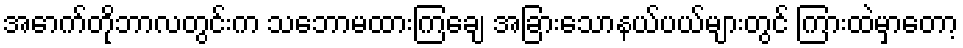
အောက်တိုဘာလတွင်းက သဘောမထားကြချေ အခြားသောနယ်ပယ်များတွင် ကြားထဲမှာတော့